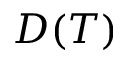
D ( T )